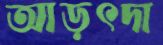
আড়ৎদা